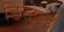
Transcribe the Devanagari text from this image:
डिस्टर्ब्ड